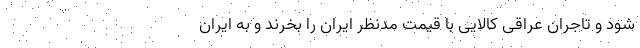
شود و تاجران عراقی کالایی با قیمت مدنظر ایران را بخرند و به ایران